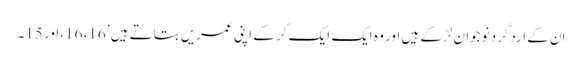
ان کے اردگرد نوجوان لڑکے ہیں اور وہ ایک ایک کر کے اپنی عمریں بتاتے ہیں ’16، 16، اور 15۔